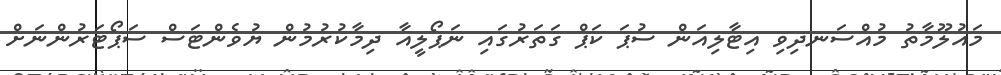
މައުލޫމާތު މުއްސަނދިވި އިޓާލިއަން ސުޕަ ކަޕް ގަތަރުގައި ނަޕޯލީއާ ދިމާކުރުމުން ޔުވެންޓަސް ސަޕޯޓަރުންނަށް